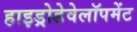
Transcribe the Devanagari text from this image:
हाइड्रोडेवेलॉपमेंट